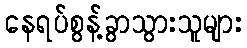
နေရပ်စွန့်ခွာသွားသူများ